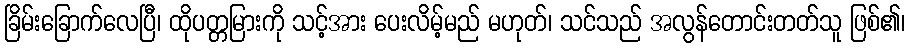
ခြိမ်းခြောက်လေပြီ၊ ထိုပတ္တမြားကို သင့်အား ပေးလိမ့်မည် မဟုတ်၊ သင်သည် အလွန်တောင်းတတ်သူ ဖြစ်၏၊